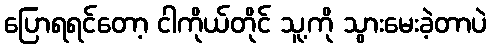
ပြောရရင်တော့ ငါကိုယ်တိုင် သူ့ကို သွားမေးခဲ့တာပဲ